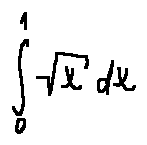
\int \limits _ { 0 } ^ { 1 } \sqrt { x } d x